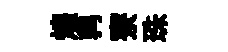
煌鹑寮珠